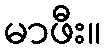
မာဖီး။